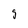
Character: g